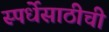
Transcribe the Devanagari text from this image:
स्पर्धेसाठीची